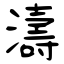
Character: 濤